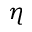
\eta